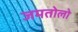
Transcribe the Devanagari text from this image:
जमतोलो